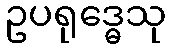
ဥပရုဒ္ဓေသု